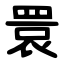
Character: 睘